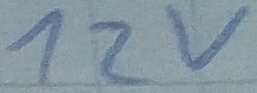
Text: 12v